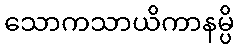
သောကသာယိကာနမ္ပိ